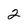
Character: 2